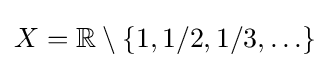
X=\mathbb {R} \setminus \{1,1/2,1/3,\ldots \}